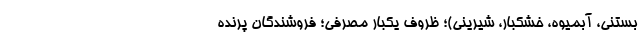
بستنی، آبمیوه، خشکبار، شیرینی)؛ ظروف یکبار مصرفی؛ فروشندگان پرنده